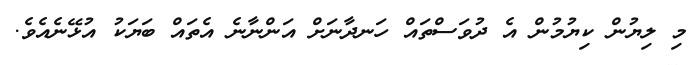
މި ލިޔުން ކިޔުމުން އެ ދުވަސްތައް ހަނދާނަށް އަންނާނެ އެތައް ބަޔަކު އުޅޭނެއެވެ.